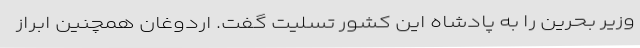
وزیر بحرین را به پادشاه این کشور تسلیت گفت. اردوغان همچنین ابراز